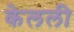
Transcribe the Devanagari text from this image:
केलली